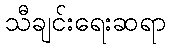
သီချင်းရေးဆရာ